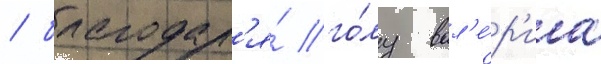
/ благодар'я́ го́лу вал'е́р'иа